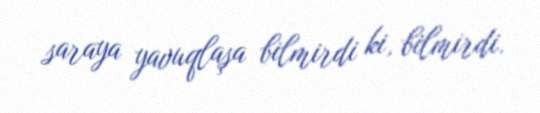
saraya yavuqlaşa bilmirdi ki, bilmirdi.